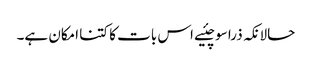
حالانکہ ذرا سوچئیے اس بات کا کتنا امکان ہے۔